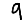
Digit: 9